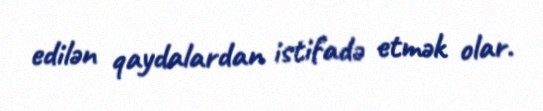
edilən qaydalardan istifadə etmək olar.